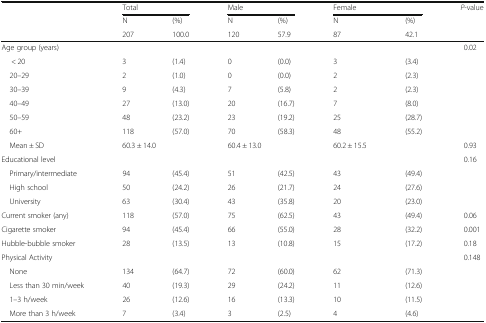
| <ROWSPAN=3>  | <COLSPAN=2> Total | <COLSPAN=2> Male | <COLSPAN=2> Female | P-value |
 | N | (%) | N | (%) | N | (%) |  |
 | 207 | 100.0 | 120 | 57.9 | 87 | 42.1 |  |
 | --- | --- | --- | --- | --- | --- | --- | --- |
 | Age group (years) |  |  |  |  |  |  | 0.02 |
 | < 20 | 3 | (1.4) | 0 | (0.0) | 3 | (3.4) |  |
 | 20–29 | 2 | (1.0) | 0 | (0.0) | 2 | (2.3) |  |
 | 30–39 | 9 | (4.3) | 7 | (5.8) | 2 | (2.3) |  |
 | 40–49 | 27 | (13.0) | 20 | (16.7) | 7 | (8.0) |  |
 | 50–59 | 48 | (23.2) | 23 | (19.2) | 25 | (28.7) |  |
 | 60+ | 118 | (57.0) | 70 | (58.3) | 48 | (55.2) |  |
 | Mean ± SD | <COLSPAN=2> 60.3 ± 14.0 | <COLSPAN=2> 60.4 ± 13.0 | 60.2 ± 15.5 |  | 0.93 |
 | Educational level |  |  |  |  |  |  | 0.16 |
 | Primary/intermediate | 94 | (45.4) | 51 | (42.5) | 43 | (49.4) |  |
 | High school | 50 | (24.2) | 26 | (21.7) | 24 | (27.6) |  |
 | University | 63 | (30.4) | 43 | (35.8) | 20 | (23.0) |  |
 | Current smoker (any) | 118 | (57.0) | 75 | (62.5) | 43 | (49.4) | 0.06 |
 | Cigarette smoker | 94 | (45.4) | 66 | (55.0) | 28 | (32.2) | 0.001 |
 | Hubble-bubble smoker | 28 | (13.5) | 13 | (10.8) | 15 | (17.2) | 0.18 |
 | Physical Activity |  |  |  |  |  |  | 0.148 |
 | None | 134 | (64.7) | 72 | (60.0) | 62 | (71.3) |  |
 | Less than 30 min/week | 40 | (19.3) | 29 | (24.2) | 11 | (12.6) |  |
 | 1–3 h/week | 26 | (12.6) | 16 | (13.3) | 10 | (11.5) |  |
 | More than 3 h/week | 7 | (3.4) | 3 | (2.5) | 4 | (4.6) |  |